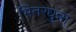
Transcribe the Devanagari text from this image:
भितरघुन्ना